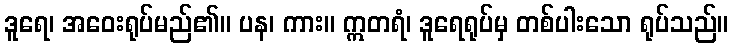
ဒူရေ၊ အဝေးရုပ်မည်၏။ ပန၊ ကား။ ဣတရံ၊ ဒူရေရုပ်မှ တစ်ပါးသော ရုပ်သည်။